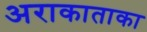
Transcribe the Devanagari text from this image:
अराकाताका